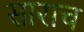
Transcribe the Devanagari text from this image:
साराच